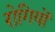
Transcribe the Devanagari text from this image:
राेगियों